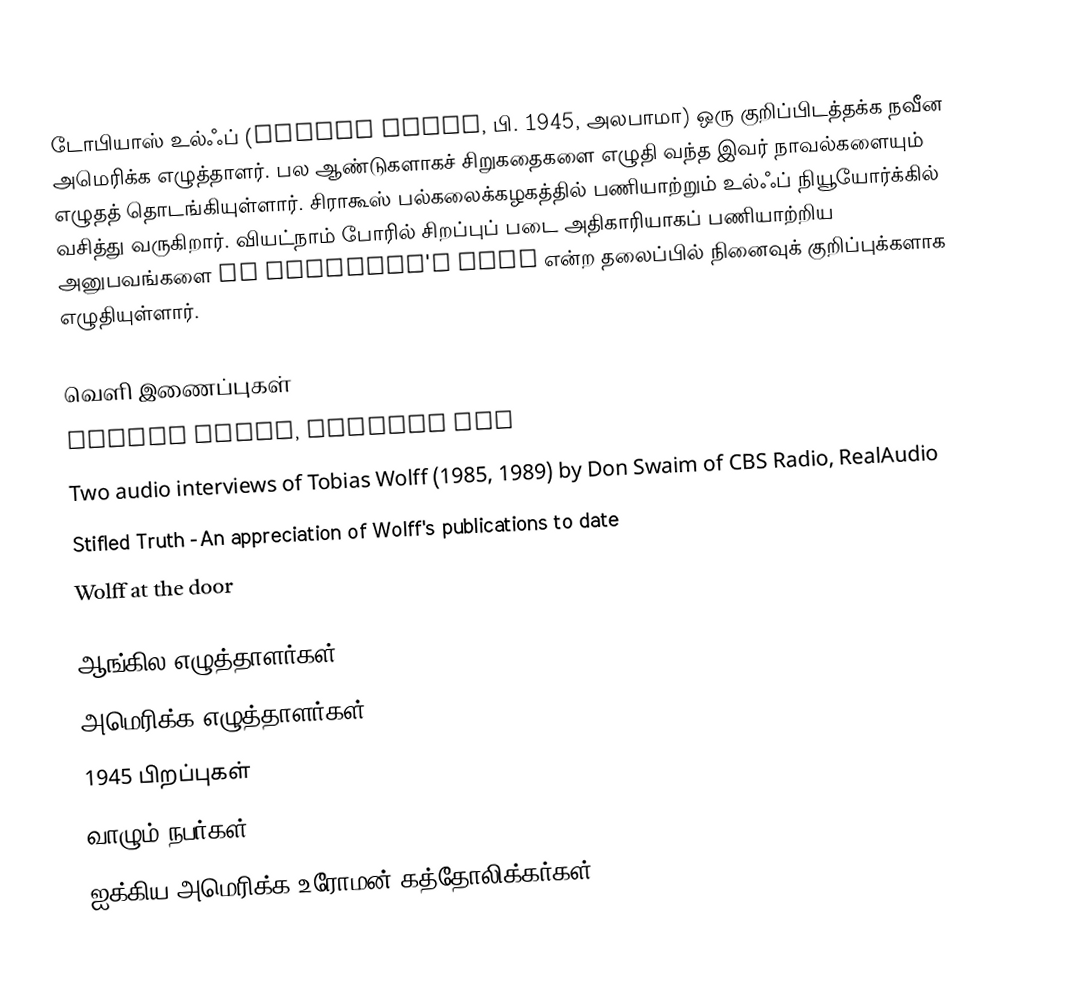
டோபியாஸ் உல்ஃப் (Tobias Wolff, பி. 1945, அலபாமா) ஒரு குறிப்பிடத்தக்க நவீன அமெரிக்க எழுத்தாளர். பல ஆண்டுகளாகச் சிறுகதைகளை எழுதி வந்த இவர் நாவல்களையும் எழுதத் தொடங்கியுள்ளார். சிராகூஸ் பல்கலைக்கழகத்தில் பணியாற்றும் உல்ஃப் நியூயோர்க்கில் வசித்து வருகிறார். வியட்நாம் போரில் சிறப்புப் படை அதிகாரியாகப் பணியாற்றிய அனுபவங்களை In Pharaoah's Army என்ற தலைப்பில் நினைவுக் குறிப்புக்களாக எழுதியுள்ளார்.

வெளி இணைப்புகள்
Tobias Wolff, Faculty Bio
Two audio interviews of Tobias Wolff (1985, 1989) by Don Swaim of CBS Radio, RealAudio
Stifled Truth -An appreciation of Wolff's publications to date
Wolff at the door

ஆங்கில எழுத்தாளர்கள்
அமெரிக்க எழுத்தாளர்கள்
1945 பிறப்புகள்
வாழும் நபர்கள்
ஐக்கிய அமெரிக்க உரோமன் கத்தோலிக்கர்கள்